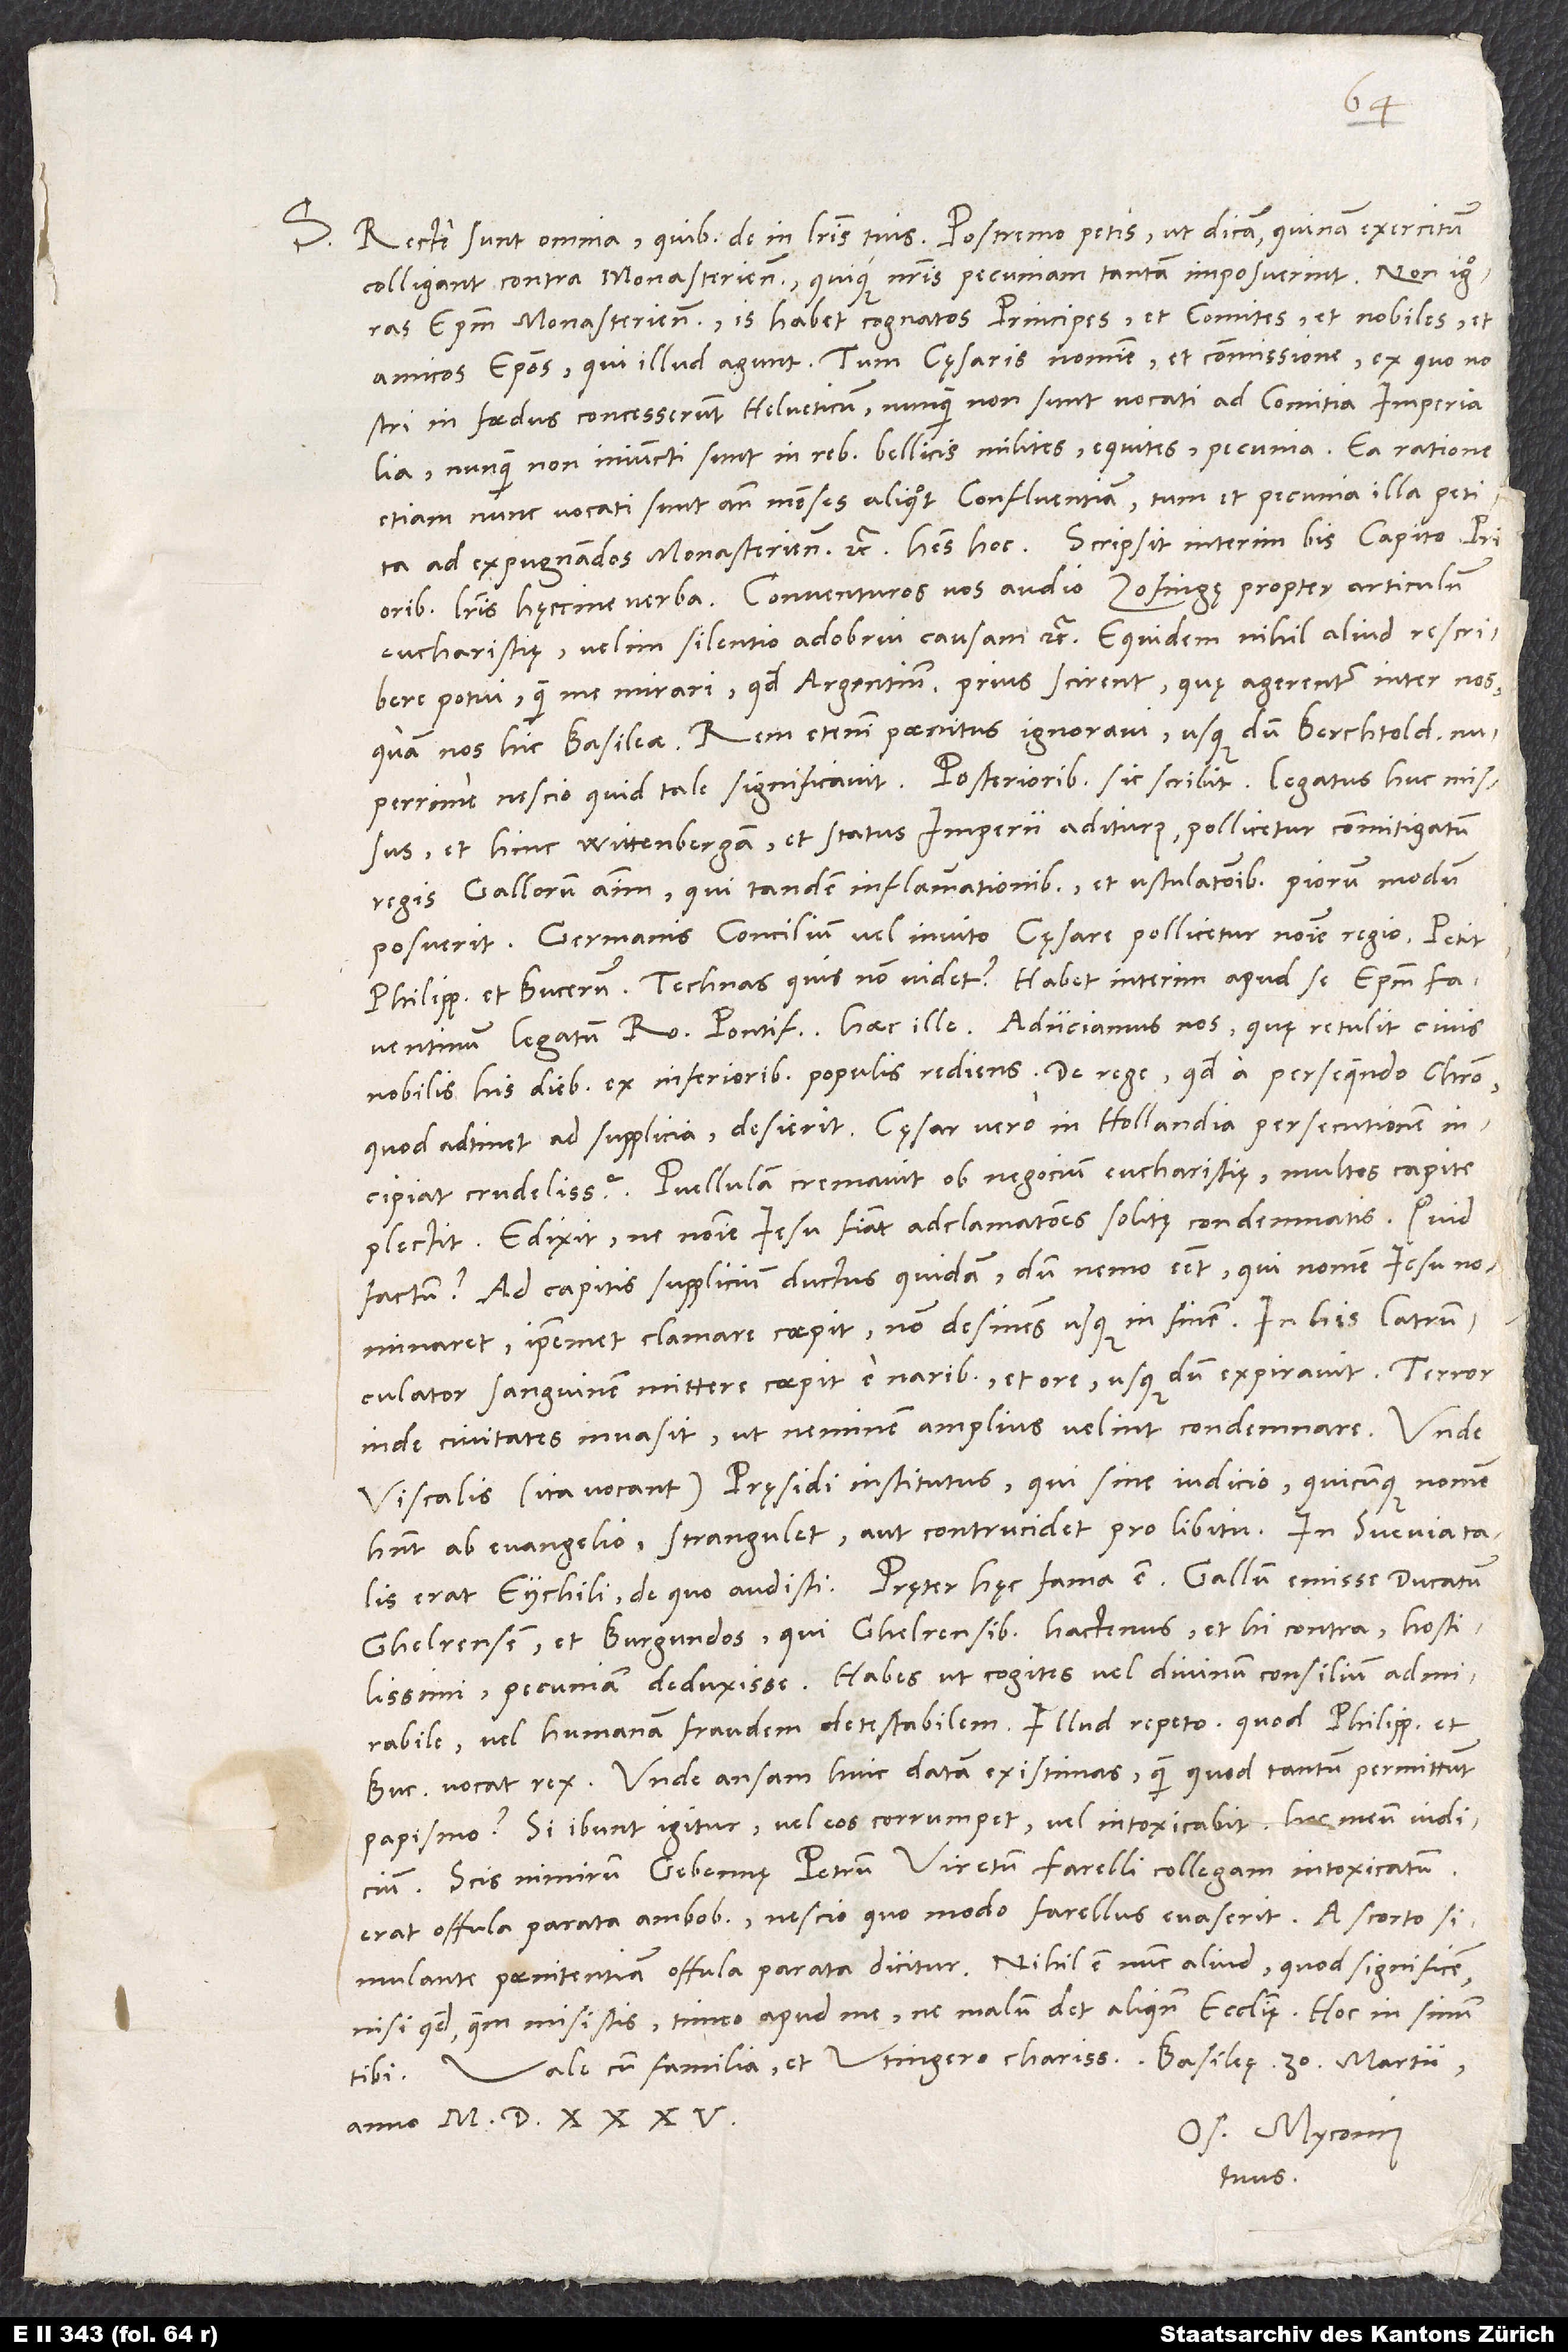
S. Recte sunt omnia, quibus de in literis tuis. Postremo petis, ut dicam, quinam exercitum
colligant contra Monasterienses quique nostris pecuniam tantam imposuerint. Non ignoras
episcopum Monasteriensem. Is habet cognatos principes et comites et nobiles et
amicos episcopos, qui illud agunt. Tum cęsaris nomine et commissione, ex quo nostri
in foedus concesserunt Helveticum, nunquam non sunt vocati ad comitia imperialia,
nunquam non iniuncti sunt in rebus bellicis milites, equites, pecunia. Ea ratione
etiam nunc vocati sunt ante menses aliquot Confluentiam, tum et pecunia illa petita
prioribus literis hęccine verba: "Conventuros vos audio Zofingę propter articulum
eucharistiae. Velim silentio adobrui causam" etc. Equidem nihil aliud rescribere
potui, quam me mirari, quod Argentinenses prius scirent, quę agerentur inter nos,
quam nos hic Basileae. Rem etenim paenitus ignoravi, usque dum Berchtoldus nuperrime
et hinc Wittenbergam et status imperii aditurus pollicetur commitigatum
regis Gallorum animum, qui tandem inflammationibus et ustulationibus piorum modum
posuerit. Germanis concilium vel invito cęsare pollicetur nomine regio. Petit
Philippum et Bucerum. Technas quis non videt? Habet interim apud se episcopum Faventinum,
nobilis his diebus ex inferioribus populis rediens: de rege, quod a persequendo Christo,
quod adtinet ad supplicia, desierit, cęsar vero in Hollandia persecutionem
incipiat crudelissim Puellulam cremavit ob negocium eucharistie, multos capite
plectit. Edixit, ne nomine Jesu fiant adclamationes solitę condemnatis. Quid
factum? Ad capitis supplicium ductus quidam, dum nemo esset, qui nomen Jesu nominaret,
ipsemet clamare coepit non desinens usque in finem. In his latrunculator
sanguinem mittere coepit e naribus et ore, usque dum expiravit. Terror
inde civitates invasit, ut neminem amplius velint condemnare. Unde
viscalis (ita vocant) pręsidi institutus, qui sine iudicio, quicunque nomen
habent ab evangelio, strangulet aut contrucidet pro libitu. In Svevia talis
Ghelrensem et Burgundos, qui Ghelrensibus hactenus - et hi contra - hostilissimi,
pecuniam deduxisse. Habes, ut cogites vel divinum consilium admirabile
Bucerum vocat rex. Unde ansam huic datam existimas, quam quod tantum permittunt
papismo? Si ibunt igitur, vel eos corrumpet vel intoxicabit. Hoc meum iudicium.
Scis nimirum Gebennę Petrum Viretum, Farelli collegam, intoxicatum.
Erat offula parata ambobus, nescio quo modo Farellus evaserit. A scorto simulante
nisi quod quem misistis, timeo apud me, ne malum det aliquando ecclesiae. Hoc in sinum
tibi.
anno 1535.
Os. Myconius
tuus.